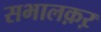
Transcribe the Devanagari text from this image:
सभालक़ऱ